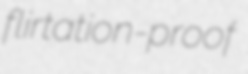
flirtation-proof